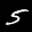
Label: 5